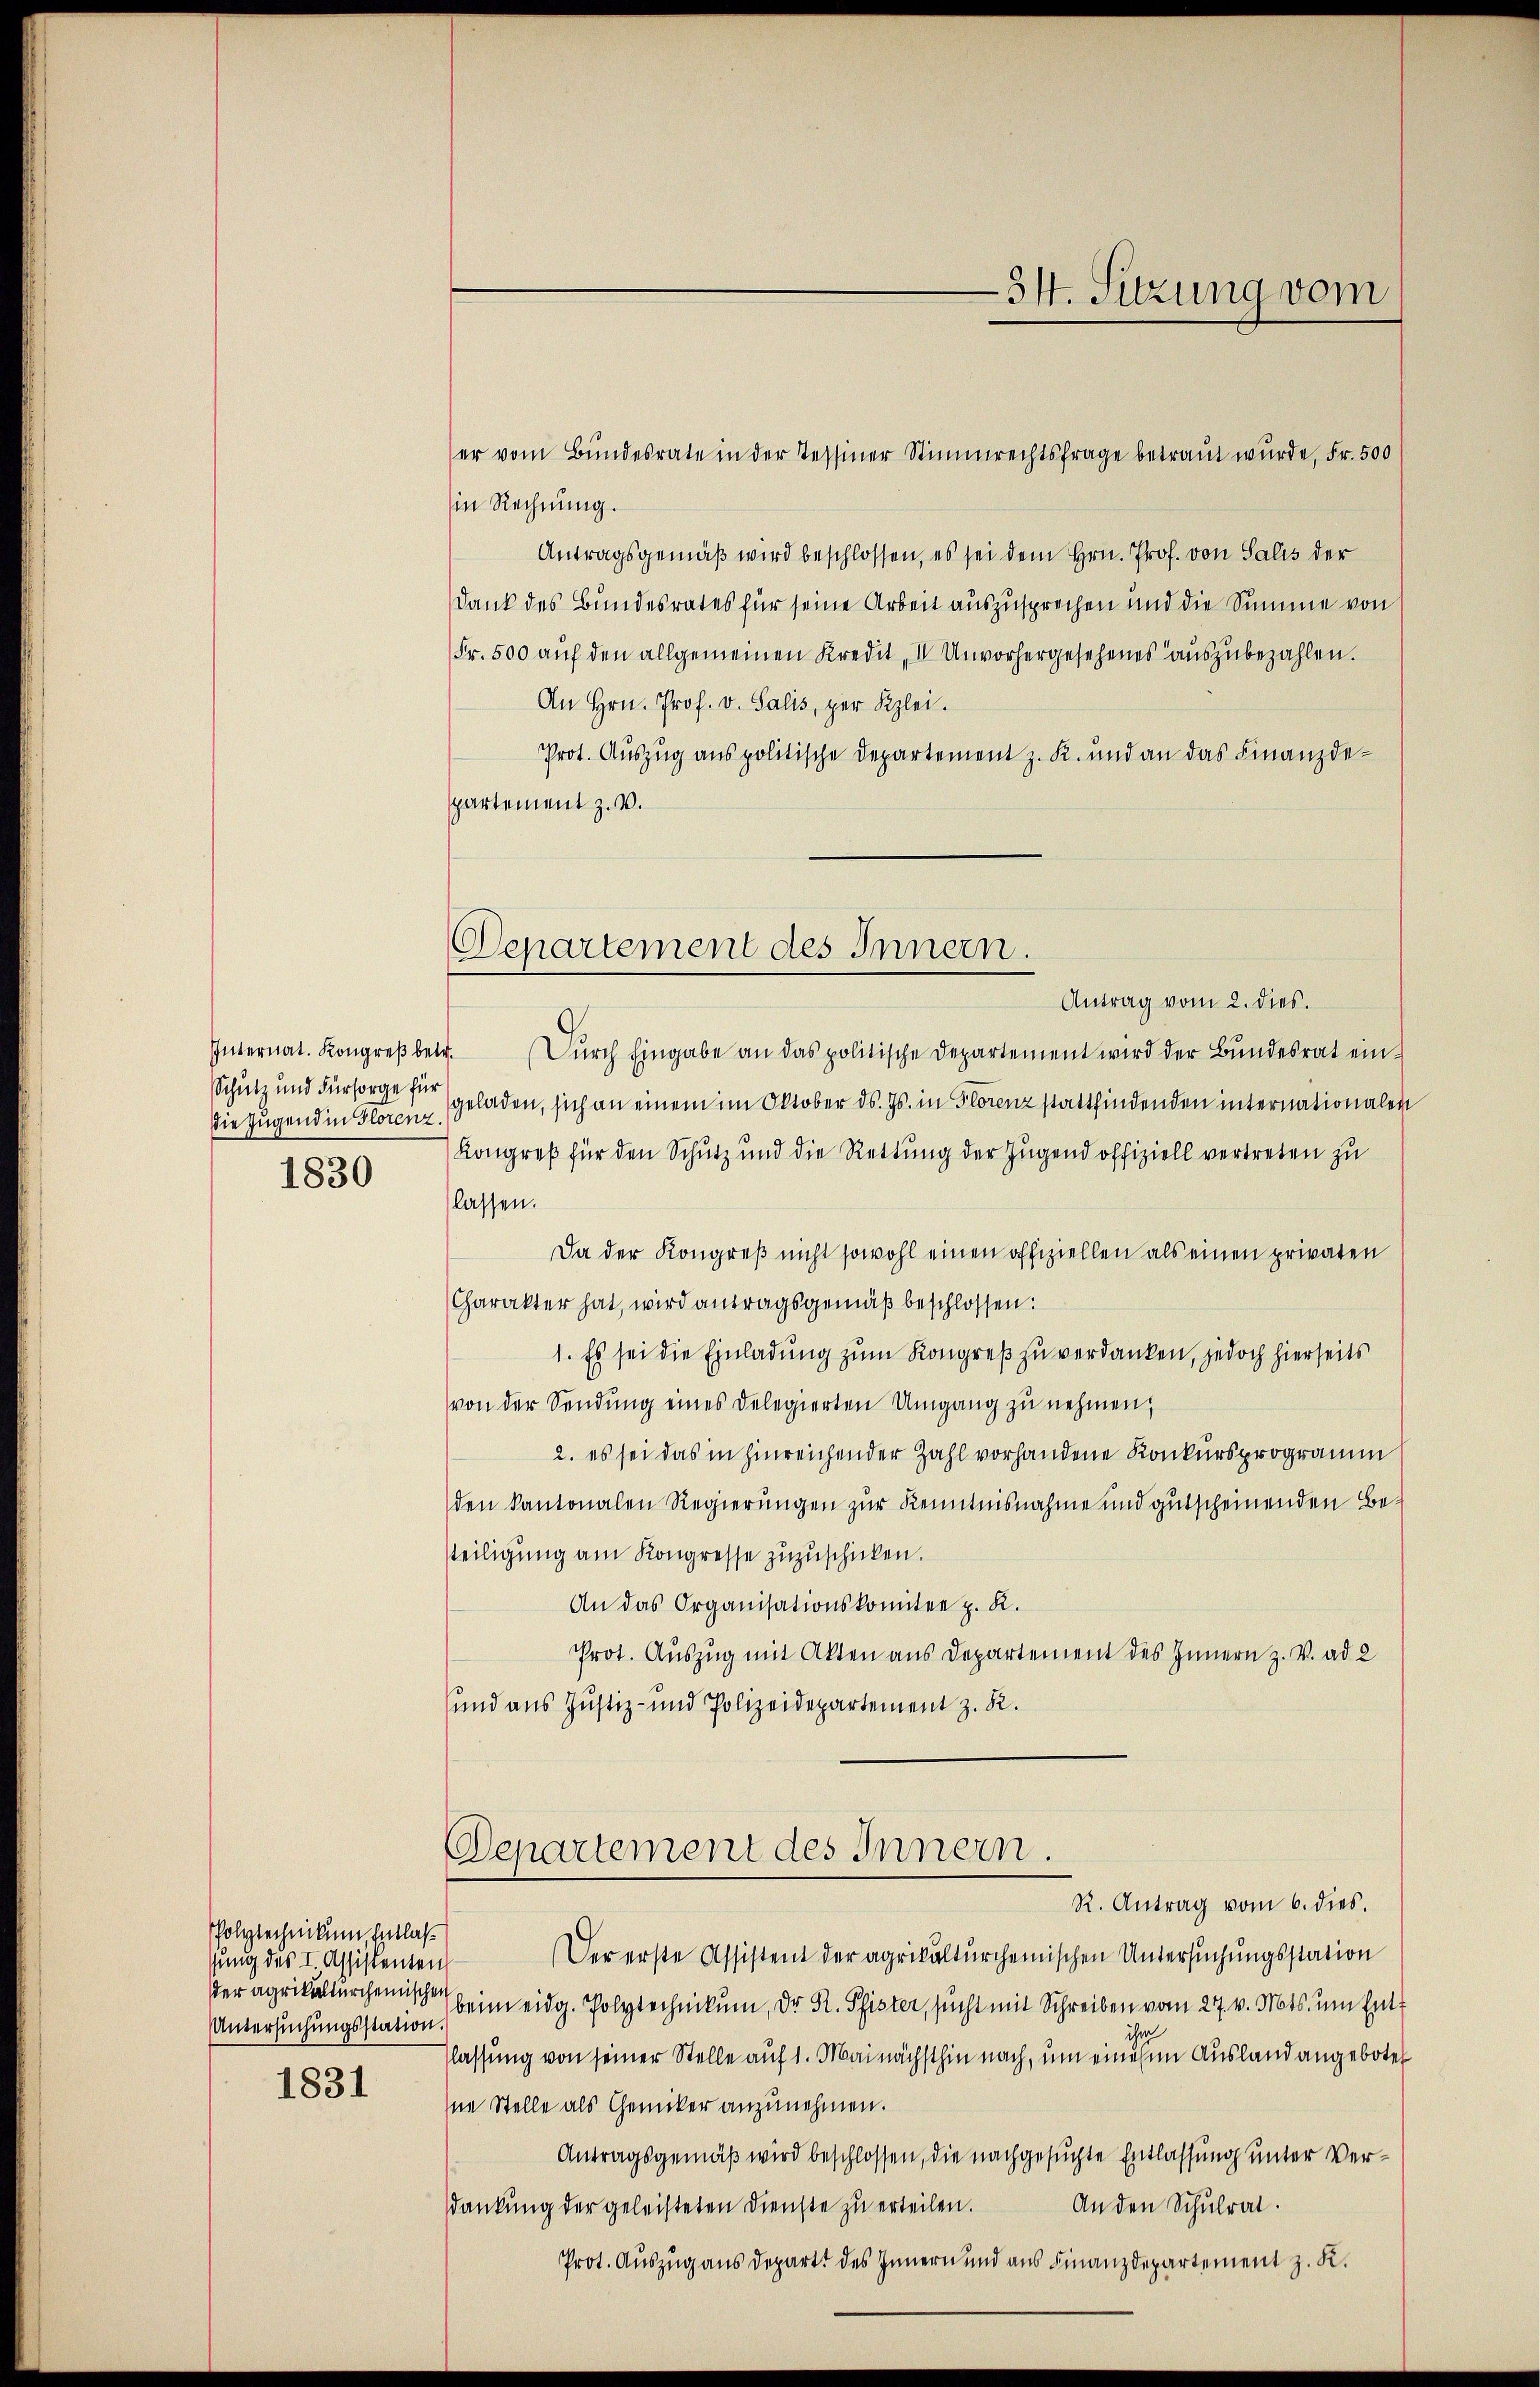
Schutz und Fürsorge für
Die Jugend in Florenz.
1830

Polytechnikum, Entlaßsung des I. Assistenten
der agrikulturcheinischen
Untersuchungsstation.

1831

in Rechnung.
Antragsgemäß wird beschlossen, es sei dem Hrn. Prof. von Salis der
Dank des Bundesrates für seine Arbeit auszusprechen und die Summe von
Fr. 500 auf den allgemeinen Kredit I Unvorhergesehenes auszubezahlen.
An Hrn. Prof. v. Salis, per Klei
Prot. Auszug aus politische Departement z. R. und an das Finanzdespartement z. B.
Antrag vom 2. dies.
Internat. Kongreβ betr. (Dŭrch Eingabe an das politische Departement wird der Bŭndesrat ein
geladen, sich an einem im Oktober ds. Js. in Florenz stattfindenden internationalen
Kongreß für den Schutz und die Rettung der Jugend offiziell vertreten zu
lassen.
Da der Kongreß nicht sowohl einen offiziellen als einen privaten
Charakter hat, wird antragsgemäß beschlossen:
1. Es sei die Einladung zum Kongreß zu verdanken, jedoch hierseits
von der Sendung eines Delegierten Umgang zu nehmen,
2. es sei das in hinreichender Zahl vorhandene Konkursprogramm
den kantonalen Regierungen zur Kenntnisnahme und gutscheinenden Betteiligung am Kongresse zuzuschicken.
An das Organisationskomitee z. K.
Prot. Auszug mit Akten aus Departement des Innern z. V. ad 2
und aus Justiz- und Polizeidepartement z. R.
Departement des Innern.
R. Antrag vom 6. dies.
Der erste Assistent der agrikulturchemischen Untersuchungsstation
beim eidg. Polytechnikum, Dr. R. Pfister, sucht mit Schreiben vom 27. v. Mts. um Entf
ihr
Klassung von seiner Stelle auf 1. Mai nächsthin nach, um einesen Ausland angeboten
ne Stelle als Chemiker anzunehmen.
Antragsgemäß wird beschlossen, die nachgesuchte Entlassung unter Verdankung der geleisteten Dienste zu erteilen.
An den Schulrat.
Prot. Auszug aus Departt des Innern und aus Finanzdepartement z. K.

-34. Sitzung vom

er vom Bundesrate in der Tessiner Stimmrechtsfrage betraut wurde, Fr. 500

Departement des Innern.